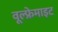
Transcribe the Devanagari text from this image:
वूल्फ्रेमाइट